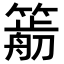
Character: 𥳭